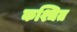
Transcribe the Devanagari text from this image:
कश्चित